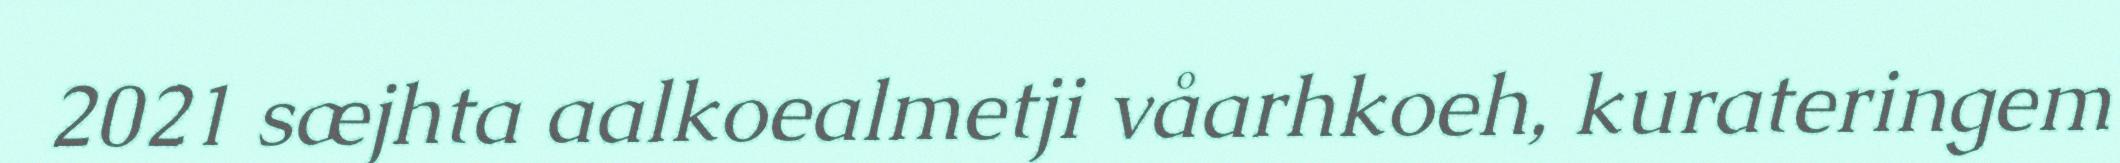
2021 sæjhta aalkoealmetji våarhkoeh, kurateringem